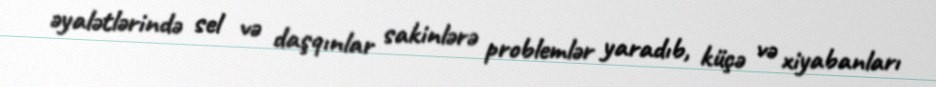
əyalətlərində sel və daşqınlar sakinlərə problemlər yaradıb, küçə və xiyabanları